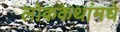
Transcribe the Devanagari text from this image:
लोककथांमधे